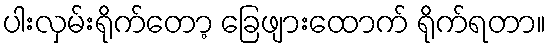
ပါးလှမ်းရိုက်တော့ ခြေဖျားထောက် ရိုက်ရတာ။